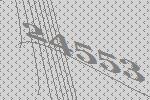
24553